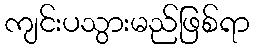
ကျင်းပသွားမည်ဖြစ်ရာ